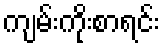
ကျမ်းကိုးစာရင်း